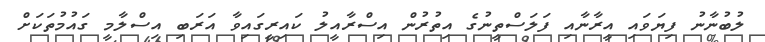
ލުބުނާނު ފިޔަވައި އީރާނާއި ފަލަސްތީނުގެ އިތުރުން އިސްރާއީލު ކައިރީގައިވާ އަރަބި އިސްލާމީ ގައުމުތަކަށް